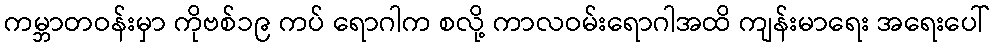
ကမ္ဘာတဝန်းမှာ ကိုဗစ်၁၉ ကပ် ရောဂါက စလို့ ကာလဝမ်းရောဂါအထိ ကျန်းမာရေး အရေးပေါ်